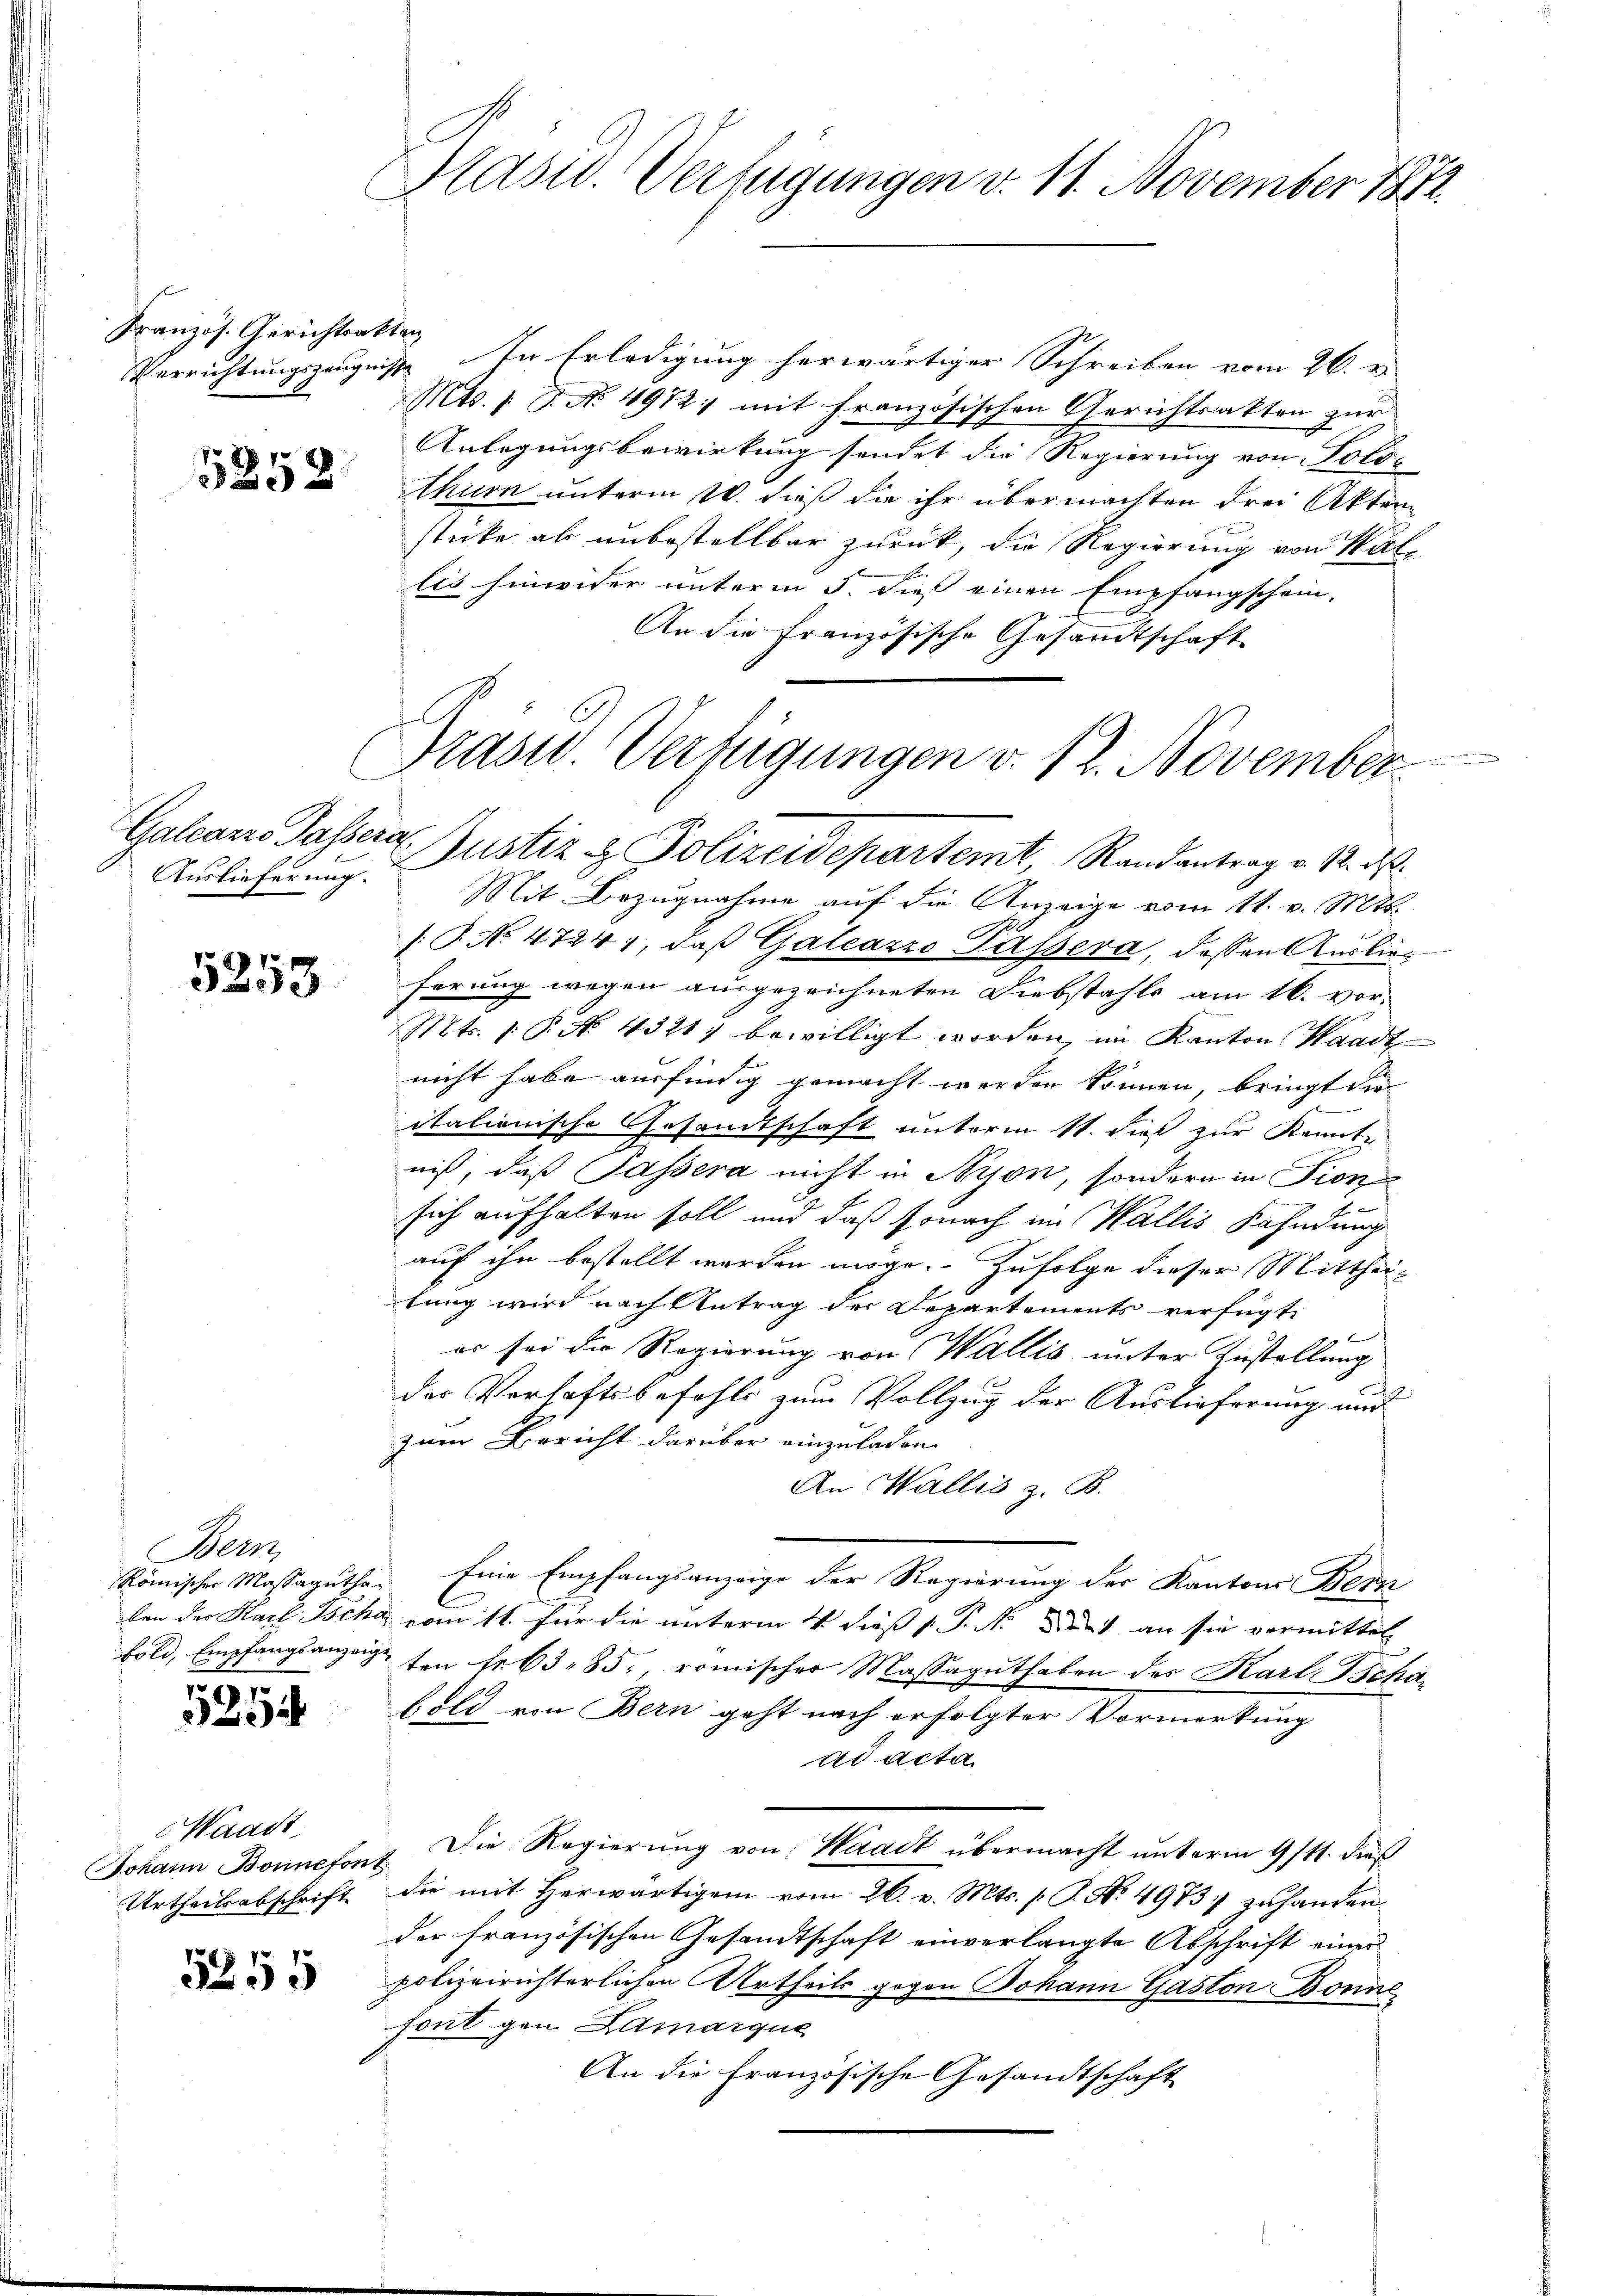
Französ. Gerichtsakten

Auslieferung.

5253

Bern,
87

29

Waadt,

5355

Präsid. Verfügungen v. 11. November 1872.

Verrichtungszeugnisse In Erledigung herwärtiger Schreiben vom 26. v.
Mts. 1 S. No. 4972; mit französischen Gerichtsakten zur
Anlegungsbewirkung sendet die Regierung von Poli-
thurn unterm 20. dieß die ihr übermachten drei Akten
stücke als unbestellbar zurück, die Regierung von Walles hinwider unterm 5. dieß einen Empfangschein.
An die französische Gesandtschaft
Galcans Passera Justiz & Polizeidepartemt Randantrag v. M. D.
Mit Bezugnahme auf die Anzeige vom 11. v. Mts.
[T. No. 4724, daß Galeazzo Pässera, dessen Auslieferung wegen ausgezeichneten Diebstahls am 16. vor¬
Mts. 1 P. No. 43211 bewilligt worden, im Kanton Waadt
nicht habe ausfindig gemacht werden können bringt die
italionische Gesandtschaft unterm 11. dieß zur Kennte
niß, daß Passera nicht in Nyon, sondern in Fion
s
sich aufhalten soll und daß sonach an Wallis Fahndung
auf ihn bestellt werden möge. Zufolge dieser Mittheitung wird nach Antrag der Departements verfügt,
 x
es sei die Regierung von Wallis unter Zustellung
der Verhaftsbefehls zum Vollzug der Auslieferung und
zum Bericht darüber einzuladen.
An Wallis z. B.
Römischer Massaguthe. Eine Empfangsanzeige der Regierung der Kantons Bern
ten der Karl Ischa vom 11. für die unterm 4 dieß v. P. M. des an sie vermittel
bold, Empfangsanzeigten fr. 63. 85, römischer Massaguthaben des Karl. Schabold von Bern geht nach erfolgter Vormerkung
ad acta
Johann Bonnefont. Die Regierung von Waadt übermacht unterm 9/11. dieß
Urtheilsabschrift die mit Herwärtigem vom 26. v. Mts. (T. No. 4973] zuhanden.
der französischen Gesandtschaft einverlangte Abschrift einer
polizeirichterlichen Urtheils gegen Johann Gaston Donne
font gen. Damarque
An die französische Gesandtschaft

Prast. Verfügungen v. 12. November